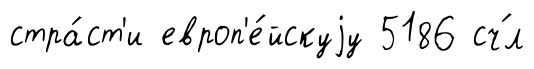
стра́ст'и европ'е́йскуjу 5186 сч́л